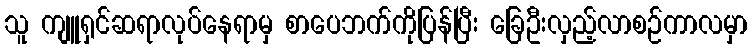
သူ ကျူရှင်ဆရာလုပ်နေရာမှ စာပေဘက်ကိုပြန်ပြီး ခြေဦးလှည့်လာစဉ်ကာလမှာ